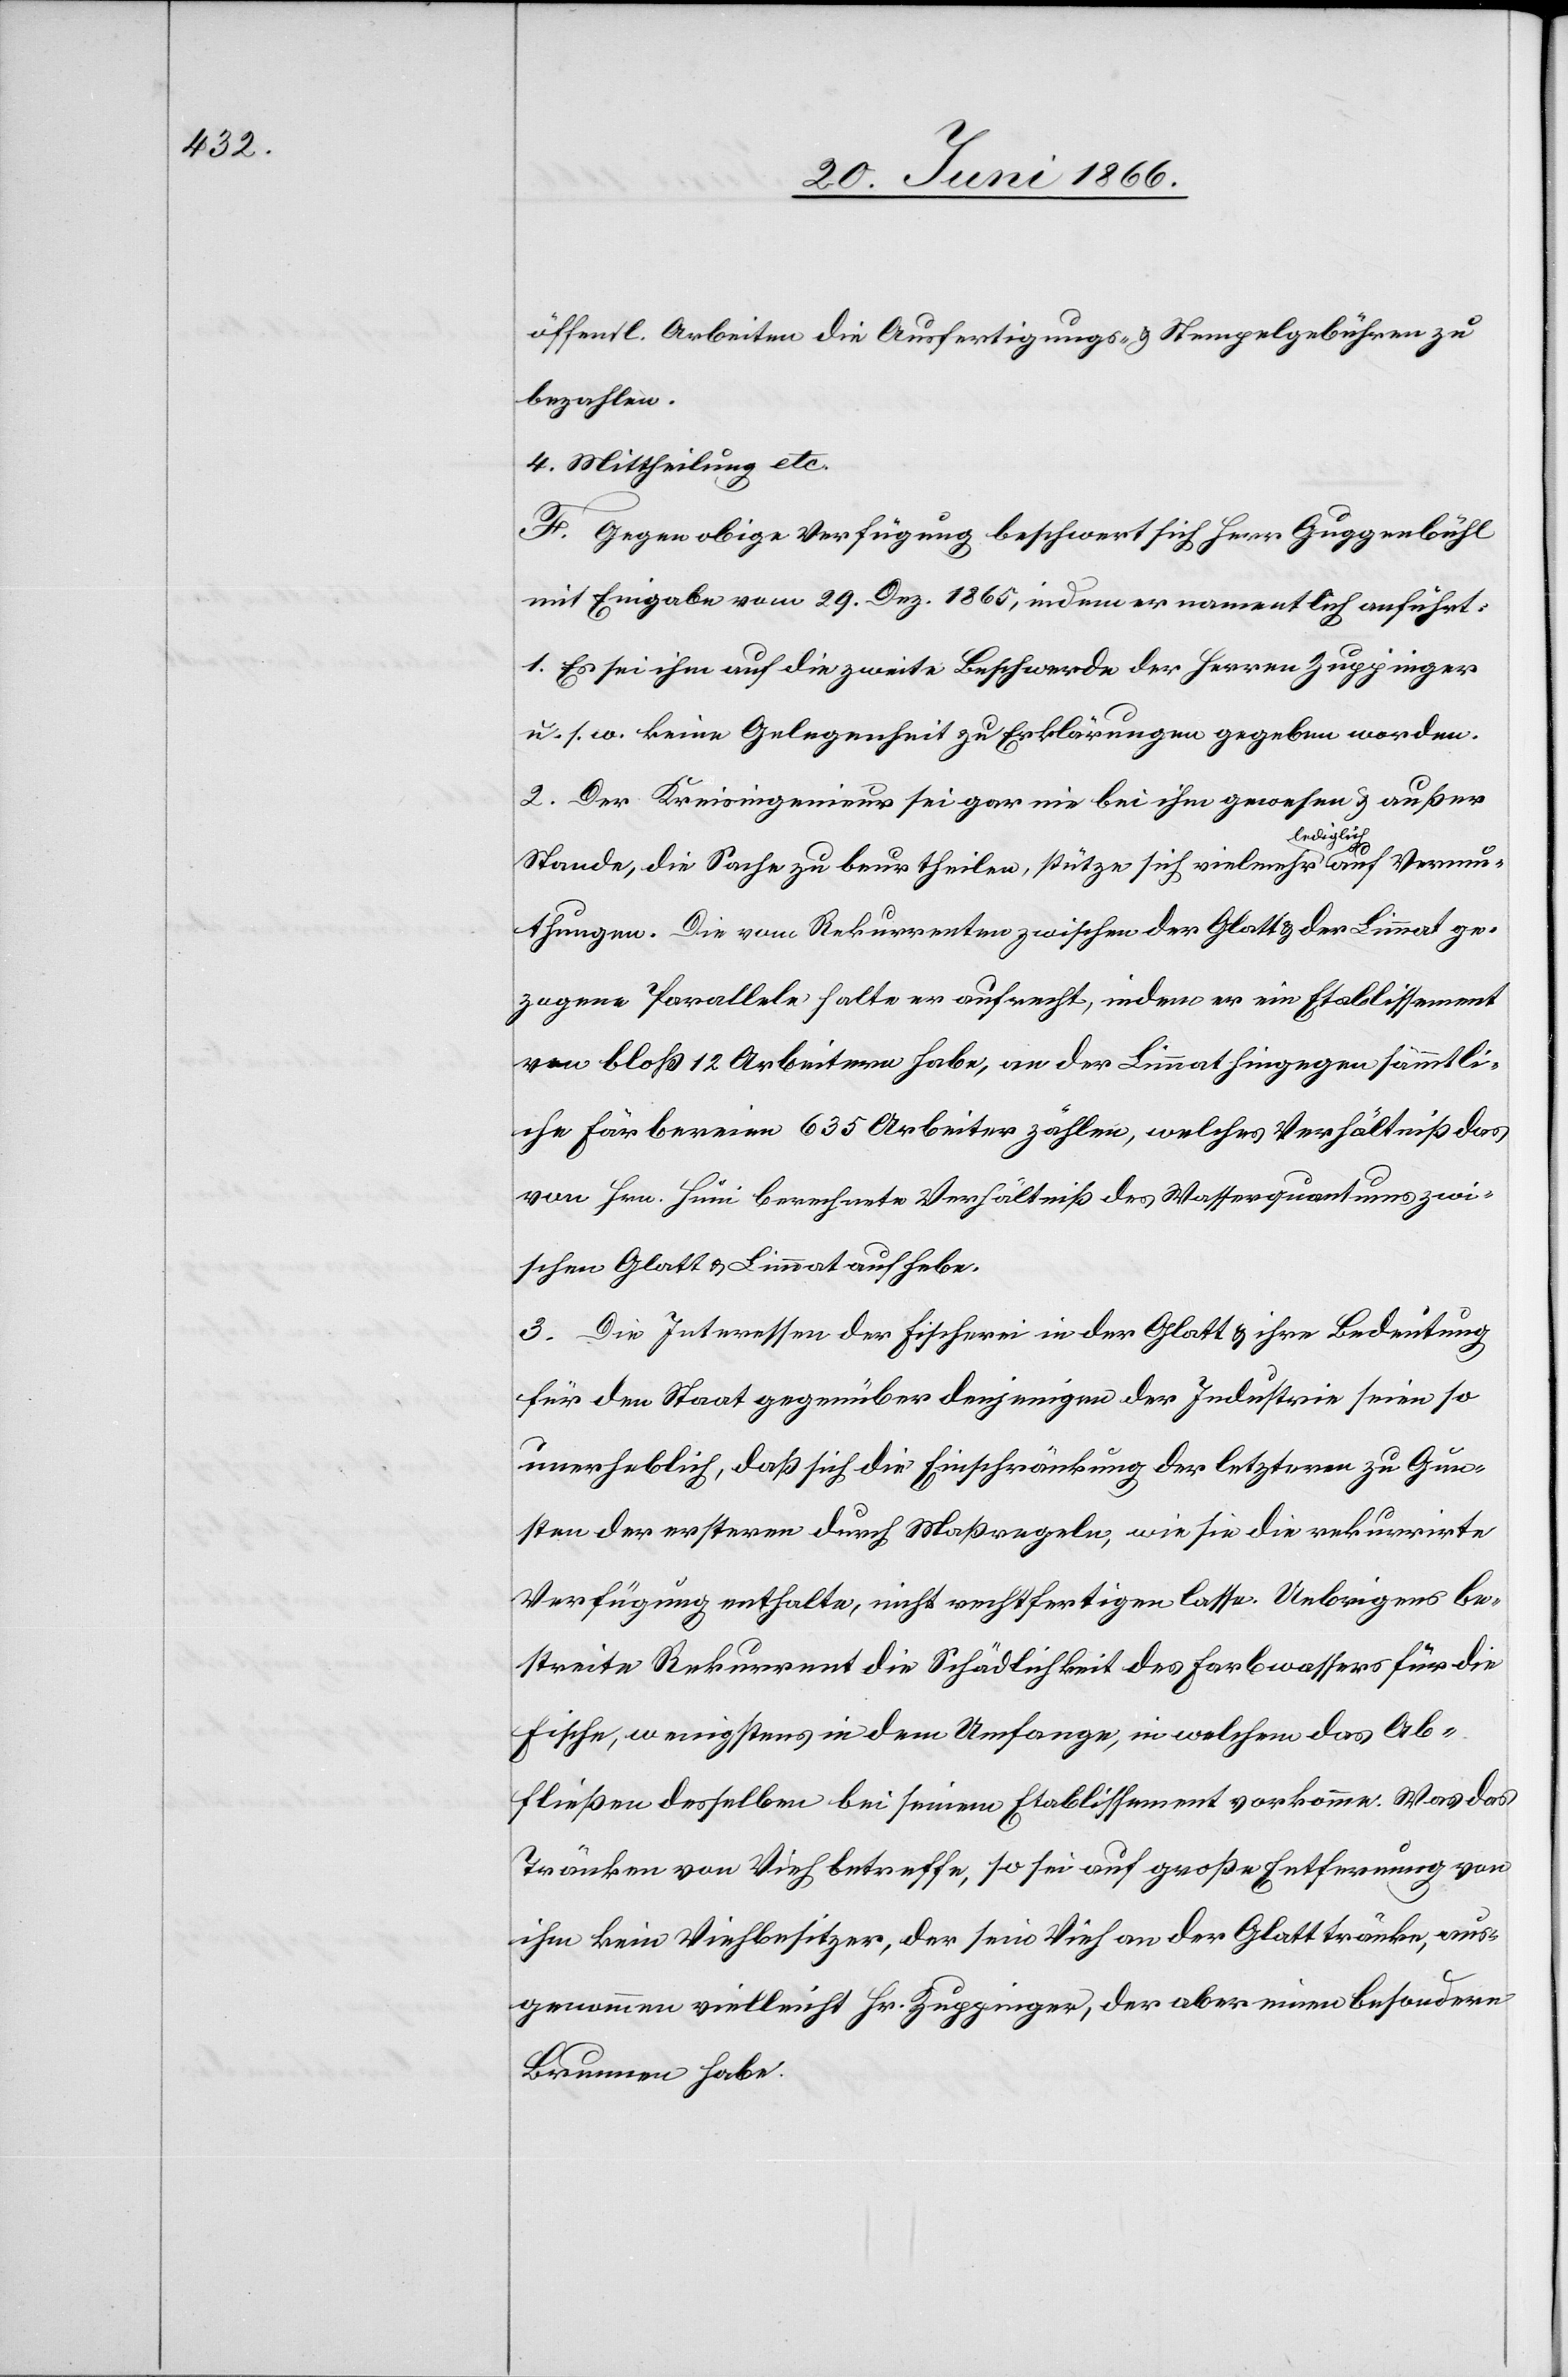
öffentl. Arbeiten die Ausfertigungs- u. Stempelgebühren zu
bezahlen.
4. Mittheilung etc.
F. Gegen obige Verfügung beschwert sich Herr Guggenbühl
mit Eingabe vom 29. Dez. 1865, indem er namentlich anführt:
1. Es sei ihm auf die zweite Beschwerde der Herren Zuppinger
u. s. w. keine Gelegenheit zu Erklärungen gegeben worden.
2. Der Kreisingenieur sei gar nie bei ihm gewesen u. außer
Stande, die Sache zu beurtheilen, stütze sich vielmehr lediglich auf Vermu¬
thungen. Die vom Rekurrenten zwischen der Glatt u. der Limmat ge¬
zogene Parallele halte er aufrecht, indem er ein Etablissement
von bloß 12 Arbeitern habe, an der Limmat hingegen sämmtli¬
che Färbereien 635 Arbeiter zählen, welches Verhältniß das
von Hrn. Hüni berechnete Verhältniß des Wasserquantums zwi¬
schen Glatt u. Limmat aufhebe.
3. Die Interessen der Fischerei in der Glatt u. ihre Bedeutung
für den Staat gegenüber denjenigen der Industrie seien so
unerheblich, daß sich die Einschränkung der letztern zu Gun¬
sten der ersteren durch Maßregeln, wie sie die rekurrirte
Verfügung enthalte, nicht rechtfertigen lasse. Uebrigens be¬
streite Rekurrent die Schädlichkeit des Farbwassers für die
Fische, wenigstens in dem Umfange, in welchen das Ab¬
fließen desselben bei seinem Etablissement vorkomme. Was das
Tränken von Vieh betreffe, so sei auf große Entfernung von
ihm kein Viehbesitzer, der sein Vieh an der Glatt tränke, aus¬
genommen vielleicht Hr. Zuppinger, der aber einen besondern
Brunnen habe.